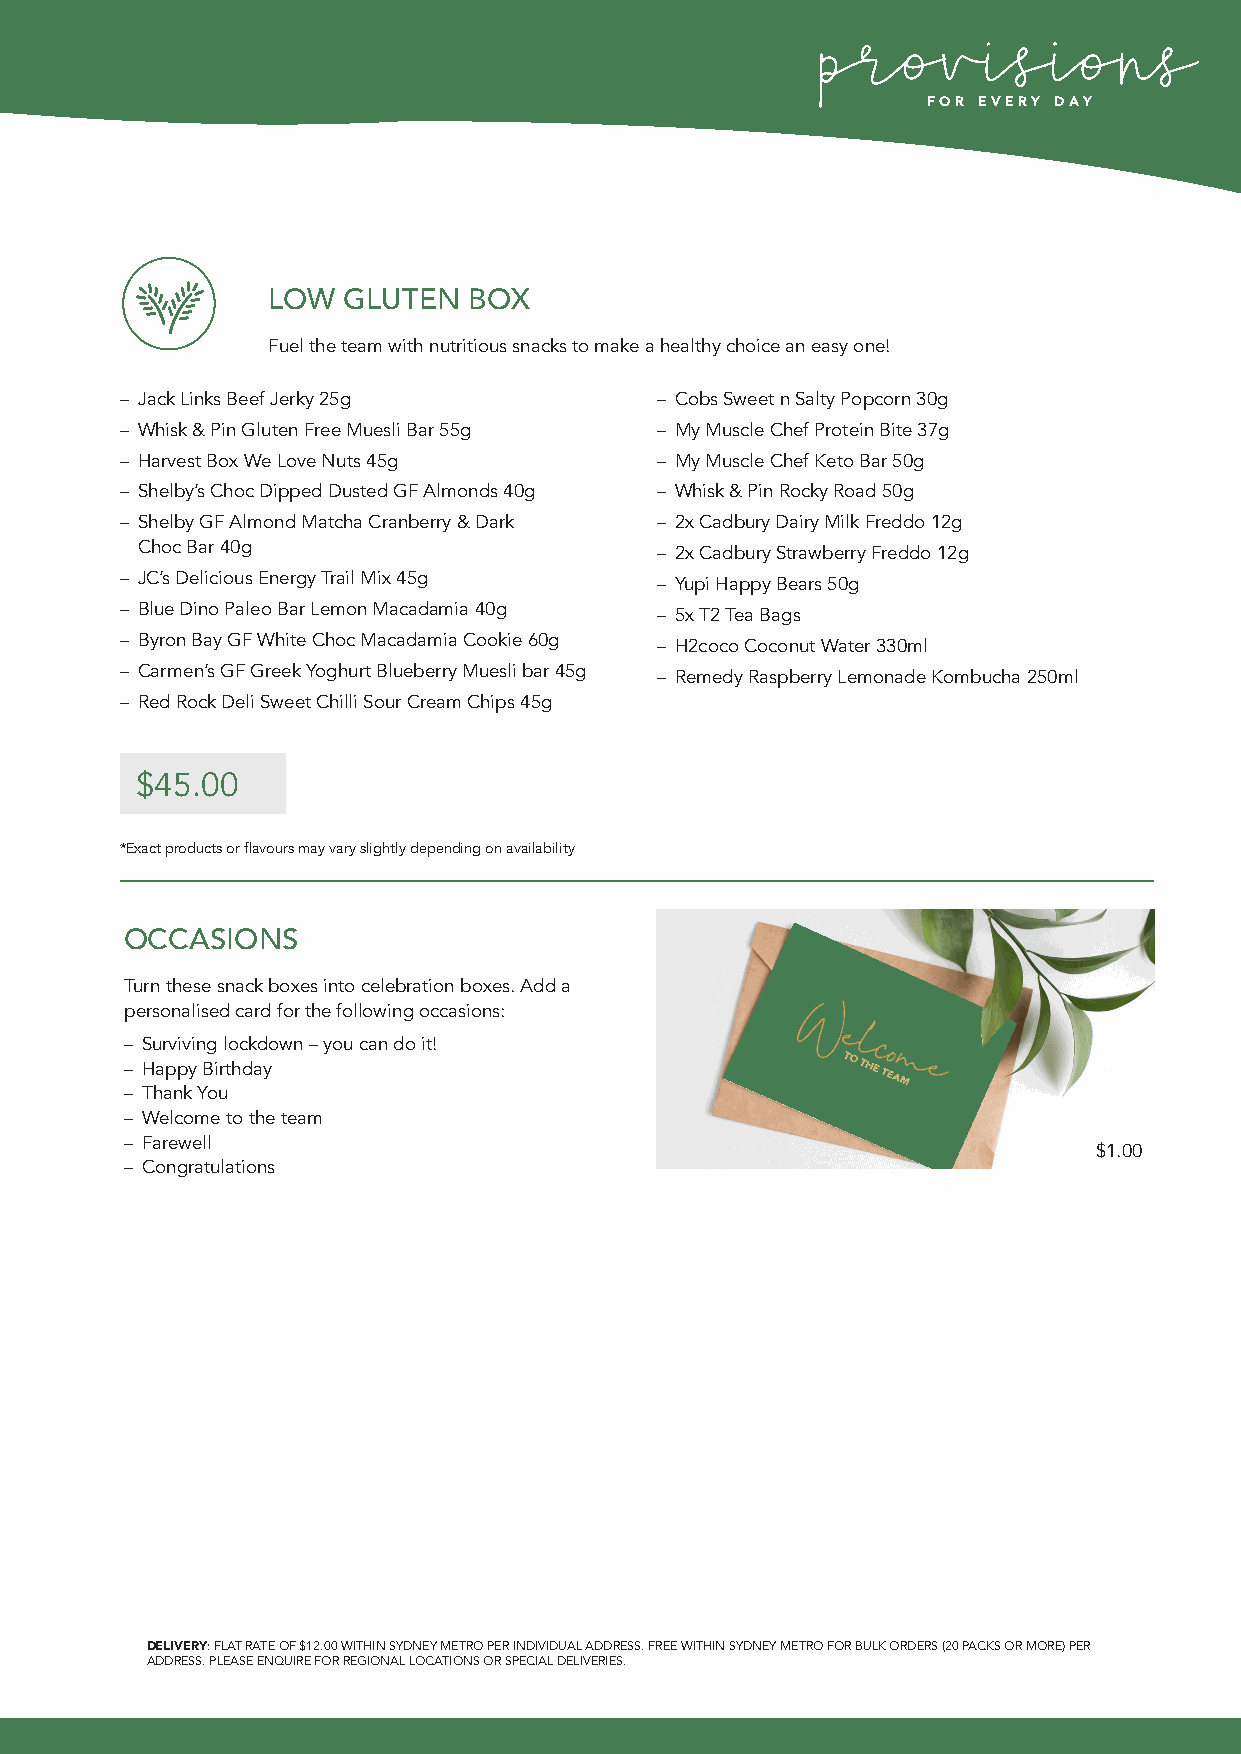
FOR EVERY DAY
 LOW  GLUTEN  BOX
 Fuel the team with nutritious snacks to make a healthy choice an easy one!
 – Jack Links Beef Jerky 25g        – Cobs Sweet n Salty Popcorn 30g
 – Whisk & Pin Gluten Free Muesli Bar 55g – My Muscle Chef Protein Bite 37g
 – Harvest Box We Love Nuts 45g     – My Muscle Chef Keto Bar 50g
 – Shelby’s Choc Dipped Dusted GF Almonds 40g – Whisk & Pin Rocky Road 50g
 – Shelby GF Almond Matcha Cranberry & Dark – 2x Cadbury Dairy Milk Freddo 12g
 Choc Bar 40g                      – 2x Cadbury Strawberry Freddo 12g
 – JC’s Delicious Energy Trail Mix 45g – Yupi Happy Bears 50g
 – Blue Dino Paleo Bar Lemon Macadamia 40g – 5x T2 Tea Bags
 – Byron Bay GF White Choc Macadamia Cookie 60g – H2coco Coconut Water 330ml
 – Carmen’s GF Greek Yoghurt Blueberry Muesli bar 45g – Remedy Raspberry Lemonade Kombucha 250ml
 – Red Rock Deli Sweet Chilli Sour Cream Chips 45g
 $45.00
 *Exact products or flavours may vary slightly depending on availability
 OCCASIONS
 Turn these snack boxes into celebration boxes. Add a
 personalised card for the following occasions:
 – Surviving lockdown – you can do it!
 – Happy Birthday
 – Thank You
 – Welcome to the team
 – Farewell
 $1.00
 – Congratulations
 DELIVERY: FLAT RATE OF $12.00 WITHIN SYDNEY METRO PER INDIVIDUAL ADDRESS. FREE WITHIN SYDNEY METRO FOR BULK ORDERS (20 PACKS OR MORE) PER
 ADDRESS. PLEASE ENQUIRE FOR REGIONAL LOCATIONS OR SPECIAL DELIVERIES.